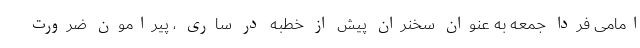
امامی فردا جمعه به عنوان سخنران پیش از خطبه در ساری ، پیرامون ضرورت